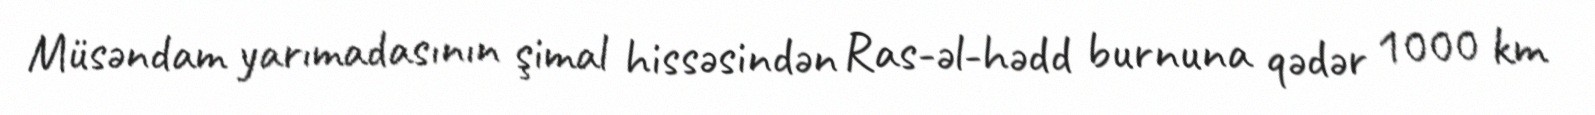
Müsəndam yarımadasının şimal hissəsindən Ras-əl-hədd burnuna qədər 1000 km